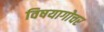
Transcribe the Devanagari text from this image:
विषयागोचर